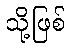
သို့ဖြစ်